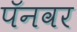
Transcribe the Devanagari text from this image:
पॅनवर